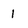
Character: 1